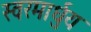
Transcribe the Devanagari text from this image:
स्‍वरमार्धुय